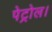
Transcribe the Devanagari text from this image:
पेट्रोल।